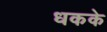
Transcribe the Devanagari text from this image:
धकके